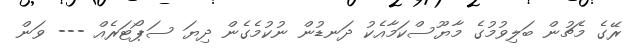
ރޭގެ މެޗުން ބަލިވުމުގެ މާޔޫސްކަމާއެކު ދަނޑުން ނުކުމެގެން ދިޔަ ސަޕޯޓަރެއް --- ވަން